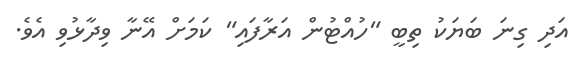
އަދި ގިނަ ބަޔަކު ތިބީ "ހުއްޓުން އަރާފައި" ކަމަށް އޭނާ ވިދާޅުވި އެވެ.